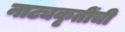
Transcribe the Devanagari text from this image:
नाट्यकृतींची